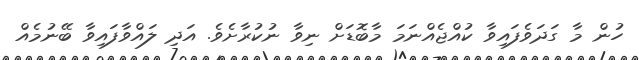
ހުން މާ ގަދަވެފައިވާ ކުއްޖެއްނަމަ މާބޮޑަށް ނިވާ ނުކުރާށެވެ. އަދި ލައްވާފައިވާ ބޭނުމެއް